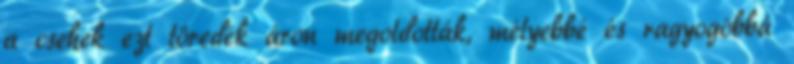
a csehek ezt töredék áron megoldották, mélyebbé és ragyogóbbá